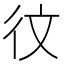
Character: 𪫋